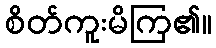
စိတ်ကူးမိကြ၏။